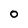
Character: O